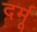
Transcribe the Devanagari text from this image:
दर्मू